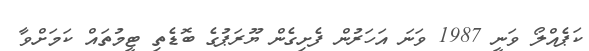
ކަޕެއްލޯ ވަނީ 1987 ވަނަ އަހަރުން ފެށިގެން ޔޫރަޕުގެ ބޮޑެތި ޓީމުތައް ކަމަށްވާ